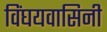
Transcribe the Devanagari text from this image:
विंघयवासिनी